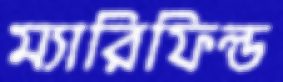
ম্যারিফিল্ড